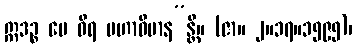
ဣဒဉ္စ မေ ဓီရ မဟာဝိမာန”န္တိ။ (ဇာ။ ၂။၁၇။၁၅၉၅)၊